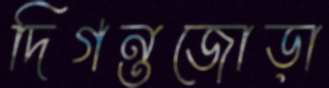
দিগন্তজোড়া